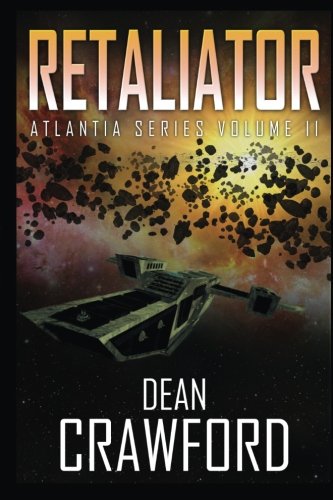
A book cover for Retaliator: (Atlantia Series Book 2) (Volume 2); Dean Crawford; Science Fiction & Fantasy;